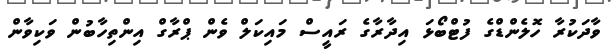
ވާދަކުރާ ހޮލެންޑްގެ ފުޓްބޯޅަ އިދާރާގެ ރައީސް މައިކަލް ވެން ޕްރާގް އިންތިހާބުން ވަކިވާން